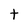
Character: t